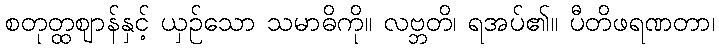
စတုတ္ထဈာန်နှင့် ယှဉ်သော သမာဓိကို။ လဗ္ဘတိ၊ ရအပ်၏။ ပီတိဖရဏတာ၊